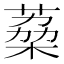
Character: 𮐟